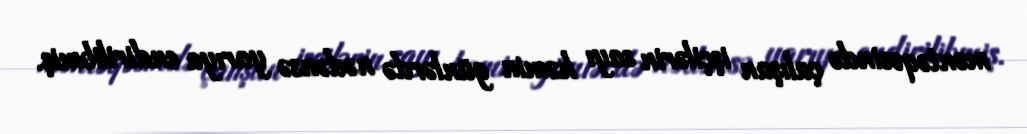
məntəqəsində çalışan işçilərin sayı həmin günlərdə nədənsə yarıya endirilibmiş.